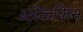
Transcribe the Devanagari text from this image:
ब्लैकफिन